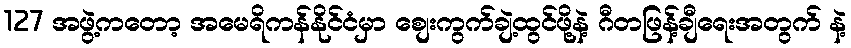
127 အဖွဲ့ကတော့ အမေရိကန်နိုင်ငံမှာ စျေးကွက်ချဲ့ထွင်ဖို့နဲ့ ဂီတဖြန့်ချီရေးအတွက် နဲ့